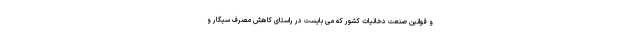
و قوانین صنعت دخانیات کشور که می بایست در راستای کاهش مصرف سیگار و